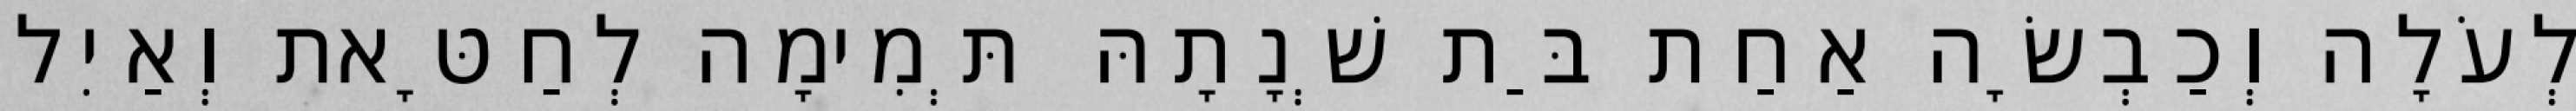
לְעֹלָה וְכַבְשָׂה אַחַת בַּת שְׁנָתָהּ תְּמִימָה לְחַטָּאת וְאַיִל